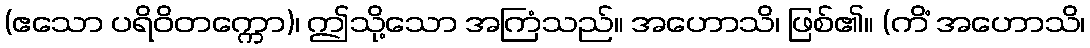
(ဧသော ပရိဝိတက္ကော)၊ ဤသို့သော အကြံသည်။ အဟောသိ၊ ဖြစ်၏။ (ကိံ အဟောသိ၊